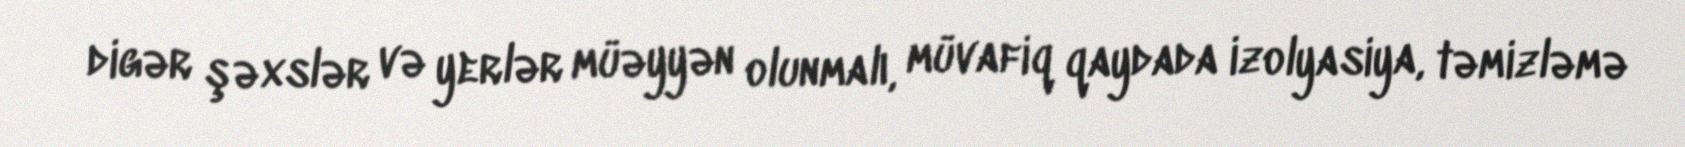
digər şəxslər və yerlər müəyyən olunmalı, müvafiq qaydada izolyasiya, təmizləmə